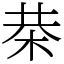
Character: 㭟